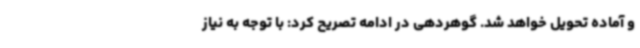
و آماده تحویل خواهد شد. گوهردهی در ادامه تصریح کرد: با توجه به نیاز